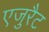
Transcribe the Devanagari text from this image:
एजुरैट